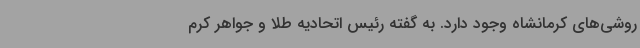
روشی‌های کرمانشاه وجود دارد. به گفته رئیس اتحادیه طلا و جواهر کرم